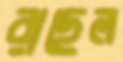
রাছেল